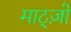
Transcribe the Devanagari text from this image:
माट्ज़ो